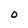
Character: O